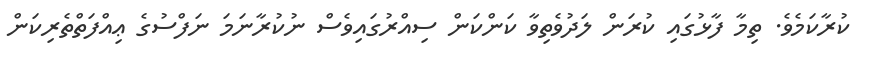
ކުރާކަމެވެ. ތިމާ ފާޅުގައި ކުރަން ލަދުވެތިވާ ކަންކަން ސިއްރުގައިވެސް ނުކުރާނަމަ ނަފްސުގެ ޢިއްފަތްތެރިކަން